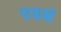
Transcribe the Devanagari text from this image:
पयसं